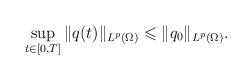
LaTeX: \begin{align*} \sup_{t\in[0, T]}\|q(t)\|_{L^p({\Omega})} \leqslant \|q_0\|_{L^p({\Omega})}. \end{align*}